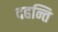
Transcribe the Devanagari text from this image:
दहन्ति